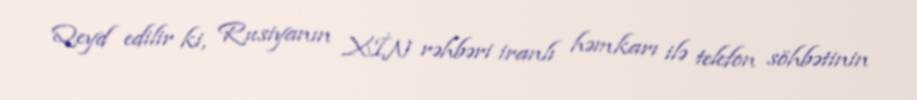
Qeyd edilir ki, Rusiyanın XİN rəhbəri iranlı həmkarı ilə telefon söhbətinin